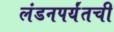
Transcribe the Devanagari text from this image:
लंडनपर्यंतची